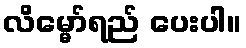
လိမ္မော်ရည် ပေးပါ။